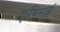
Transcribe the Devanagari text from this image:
कृषिभाई